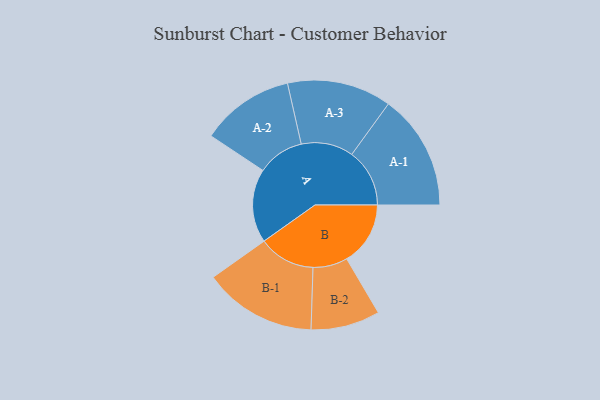
{"axis": {"x": "Segment", "y": "Value"}, "legend": ["", "A", "B"], "data": [{"x": "A", "y": 352, "type": ""}, {"x": "B", "y": 304, "type": ""}, {"x": "A-1", "y": 276, "type": "A"}, {"x": "A-2", "y": 223, "type": "A"}, {"x": "A-3", "y": 249, "type": "A"}, {"x": "B-1", "y": 270, "type": "B"}, {"x": "B-2", "y": 165, "type": "B"}]}